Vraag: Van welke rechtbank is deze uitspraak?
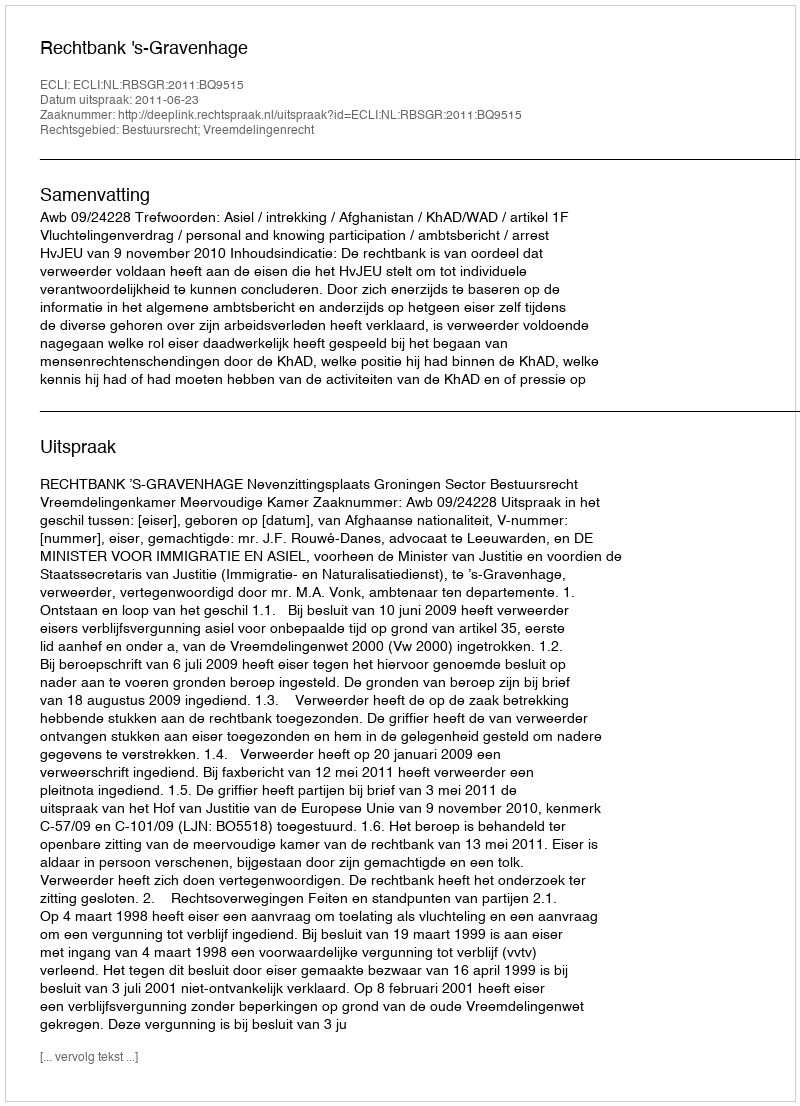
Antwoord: Rechtbank 's-Gravenhage